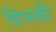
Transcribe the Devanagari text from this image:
चिंप्सकी